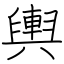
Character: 輿